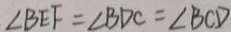
\angle B E F = \angle B D C = \angle B C D